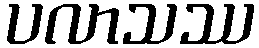
ပလာသဿ